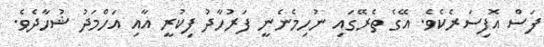
ފަސް އޮފިސަރެކެވެ. އޭގެ ތެރޭގައި ނުހިމެނެނީ ފަރުހާދު ފިކުރީ އާއި އަހްމަދު ޝުހާދެވެ.